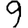
Digit: 9